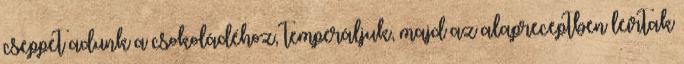
cseppet adunk a csokoládéhoz, temperáljuk, majd az alapreceptben leírtak